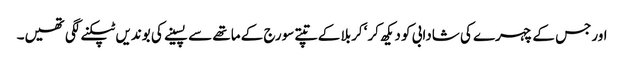
اورجس کے چہرے کی شادابی کو دیکھ کر‘ کربلا کے تپتے سورج کے ماتھے سے پسینے کی بوندیں ٹپکنے لگی تھیں۔